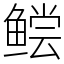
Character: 鲿